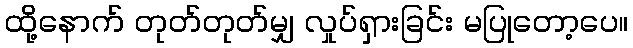
ထို့နောက် တုတ်တုတ်မျှ လှုပ်ရှားခြင်း မပြုတော့ပေ။